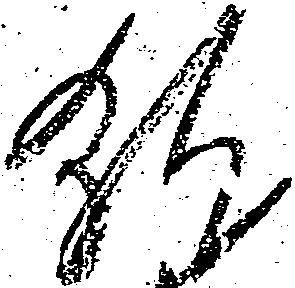
就